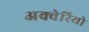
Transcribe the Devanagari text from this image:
अक्वेरियो